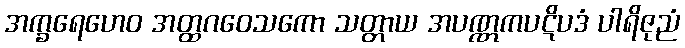
အက္ခရေဟေဝ အတ္ထဂဝေသကော သတ္တာယ အပဏ္ဏကပဋိပဒံ ပါရိဇုညံ